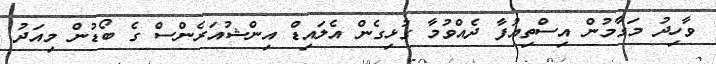
ވާހިދު މަގާމުން އިސްތިއުފާ ދެއްވުމާ ގުޅިގެން އެލައިޑް އިންޝުއަރެންސް ގެ ބޯޑުން މިއަދު